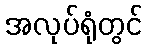
အလုပ်ရုံတွင်